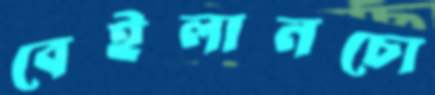
বেইলানচো